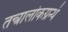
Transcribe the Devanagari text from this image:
तन्त्रालोकग्रन्थं